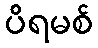
ပိရမစ်